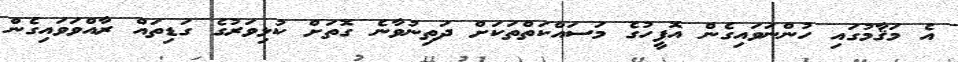
އެ މަޤާމުގައި ހުންނަވައިގެން އޮފީހުގެ މަސައްކަތްތަކަށް ދަތިނުވާނެ ގޮތަށް ކުޅިވަރުގެ ގަޑިތައް ރާއްވަވައިގެން